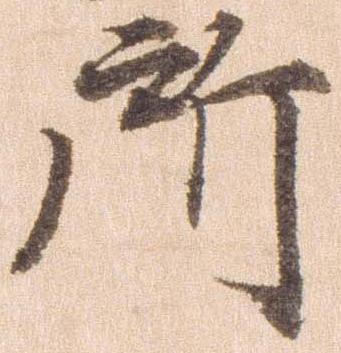
所